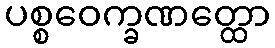
ပစ္စဝေက္ခဏတ္ထော